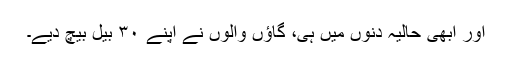
اور ابھی حالیہ دنوں میں ہی، گاؤں والوں نے اپنے ۳۰ بیل بیچ دیے۔